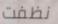
نظفت